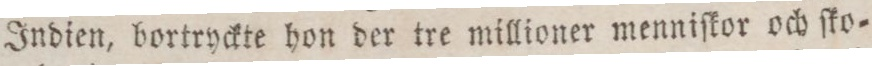
Indien, bortryckte hon der tre millioner menniſkor och ſko=